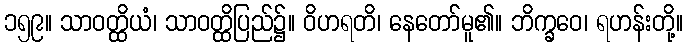
၁၅၉။ သာဝတ္ထိယံ၊ သာဝတ္ထိပြည်၌။ ဝိဟရတိ၊ နေတော်မူ၏။ ဘိက္ခဝေ၊ ရဟန်းတို့။